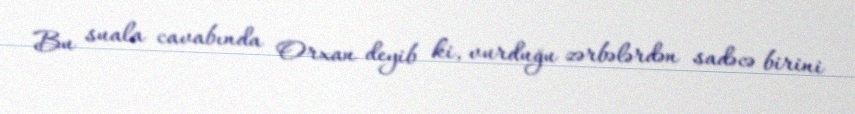
Bu suala cavabında Orxan deyib ki, vurduğu zərbələrdən sadəcə birini